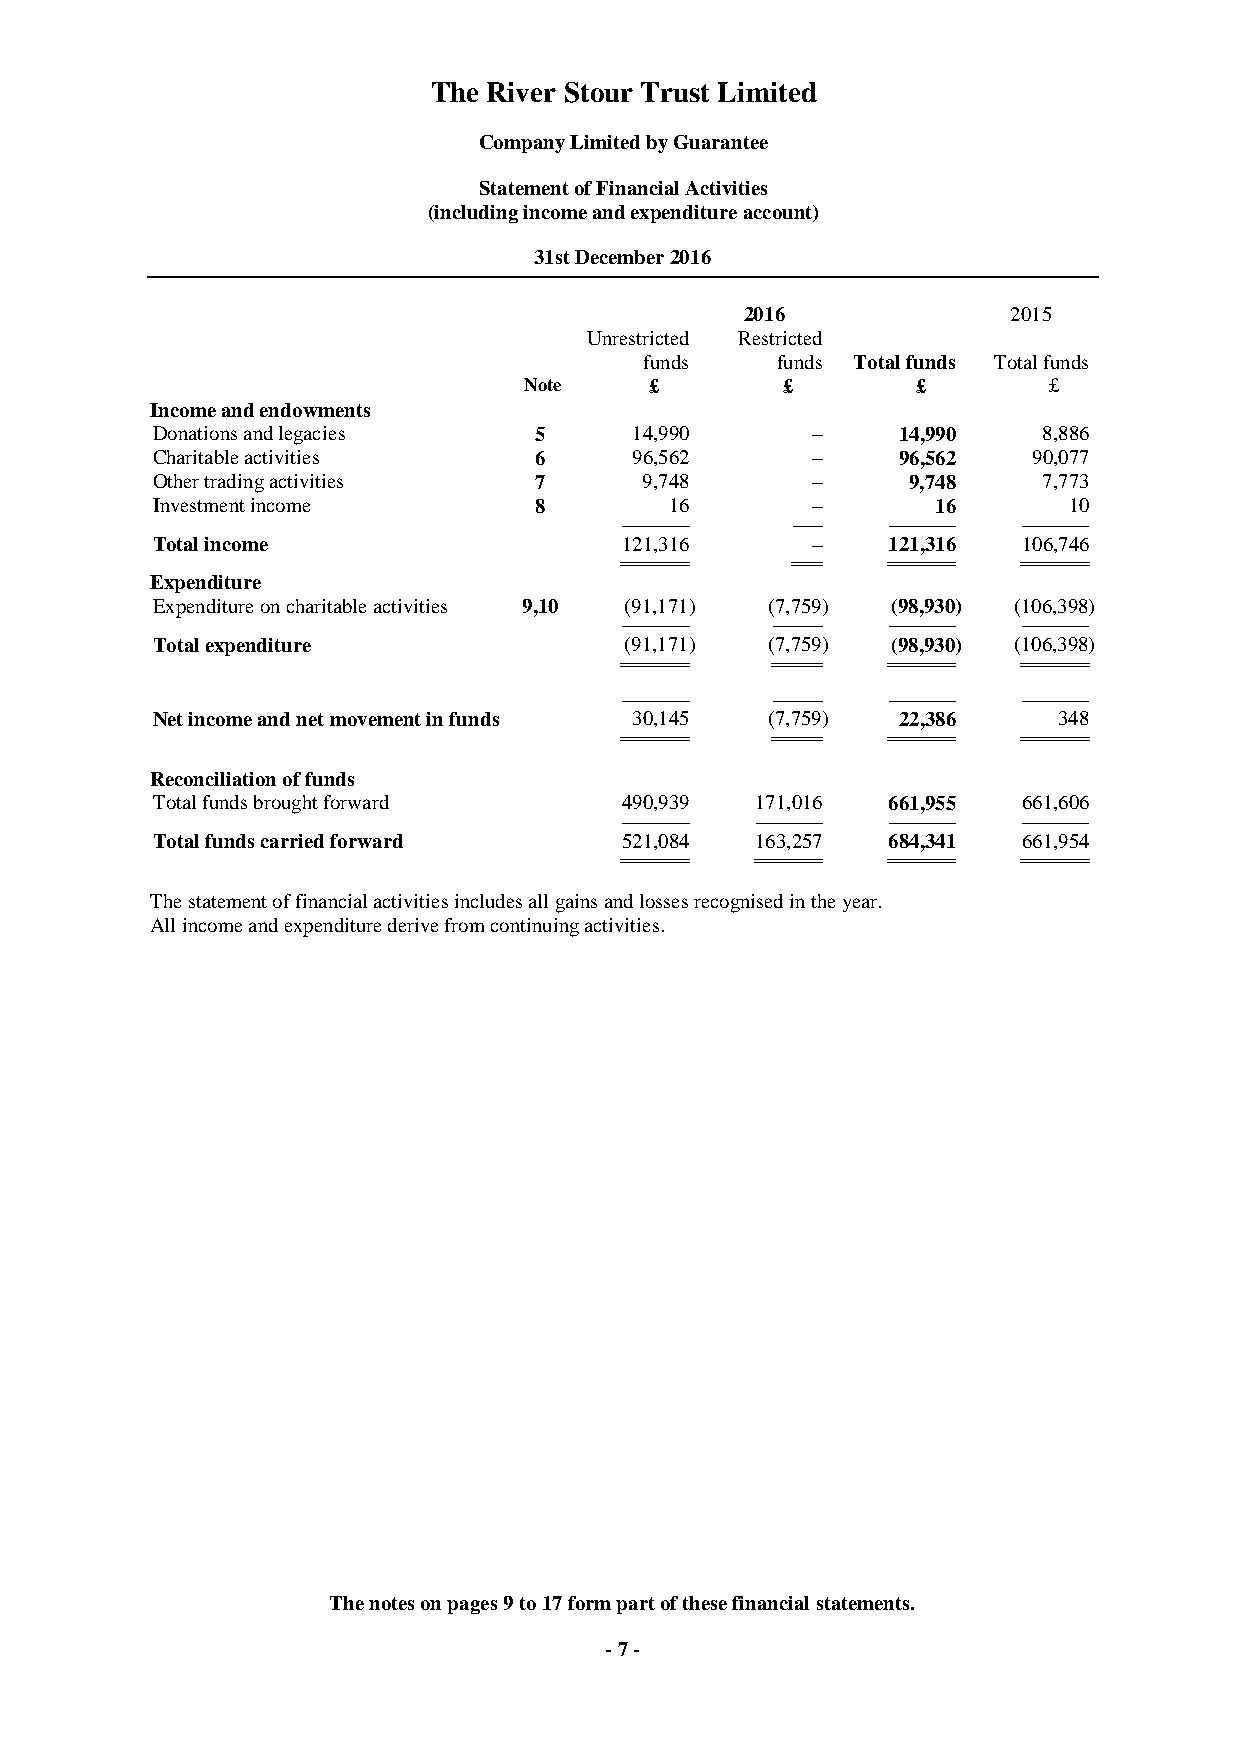
The River Stour Trust Limited
 Company Limited by Guarantee
 Statement of Financial Activities
 (including income and expenditure account)
 31st December 2016
 2016              2015
 Unrestricted Restricted
 funds   funds Total funds Total funds
 Note    £        £        £       £
 Income and endowments
 Donations and legacies   5      14,990      –    14,990    8,886
 Charitable activities    6      96,562      –    96,562   90,077
 Other trading activities 7      9,748       –     9,748    7,773
 Investment income        8        16        –       16       10
 --------------------------------- -------------- --------------------------------- ---------------------------------
 Total income                   121,316      –    121,316  106,746
 ================================= ============== ================================= =================================
 Expenditure
 Expenditure on charitable activities 9,10 (91,171) (7,759) (98,930) (106,398)
 --------------------------------- ------------------------ --------------------------------- ---------------------------------
 Total expenditure              (91,171)  (7,759) (98,930) (106,398)
 ================================= ======================== ================================= =================================
 --------------------------------- ------------------------ --------------------------------- ---------------------------------
 Net income and net movement in funds 30,145 (7,759) 22,386  348
 ================================= ======================== ================================= =================================
 Reconciliation of funds
 Total funds brought forward    490,939  171,016  661,955  661,606
 --------------------------------- --------------------------------- --------------------------------- ---------------------------------
 Total funds carried forward    521,084  163,257  684,341  661,954
 ================================= ================================= ================================= =================================
 The statement of financial activities includes all gains and losses recognised in the year.
 A ll income and expenditure derive from continuing activities.
 The notes on pages 9 to 17 form part of these financial statements.
 - 7 -